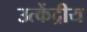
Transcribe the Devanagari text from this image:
उत्केंद्रीय